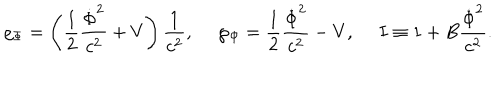
\varrho _ { \Phi } = \left( { \frac { 1 } { 2 } } { \frac { \dot { \Phi } ^ { 2 } } { c ^ { 2 } } } + V \right) { \frac { 1 } { c ^ { 2 } } } , \ \wp _ { \Phi } = { \frac { 1 } { 2 } } { \frac { \dot { \Phi } ^ { 2 } } { c ^ { 2 } } } - V , \ I \equiv 1 + B { \frac { \dot { \Phi } ^ { 2 } } { c ^ { 2 } } } .